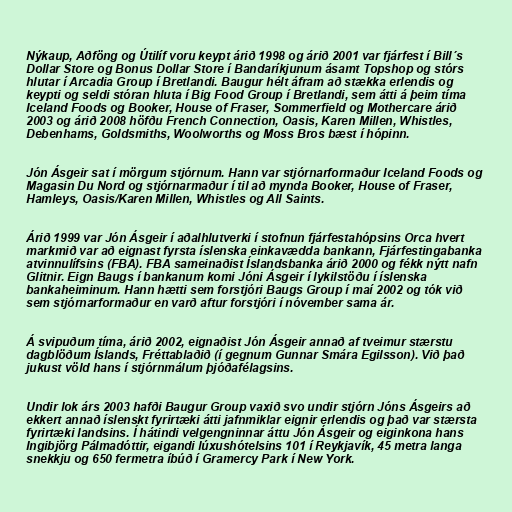
Nýkaup, Aðföng og Útilíf voru keypt árið 1998 og árið 2001 var fjárfest í Bill´s
Dollar Store og Bonus Dollar Store í Bandaríkjunum ásamt Topshop og stórs
hlutar í Arcadia Group í Bretlandi. Baugur hélt áfram að stækka erlendis og
keypti og seldi stóran hluta í Big Food Group í Bretlandi, sem átti á þeim tíma
Iceland Foods og Booker, House of Fraser, Sommerfield og Mothercare árið
2003 og árið 2008 höfðu French Connection, Oasis, Karen Millen, Whistles,
Debenhams, Goldsmiths, Woolworths og Moss Bros bæst í hópinn.

Jón Ásgeir sat í mörgum stjórnum. Hann var stjórnarformaður Iceland Foods og
Magasin Du Nord og stjórnarmaður í til að mynda Booker, House of Fraser,
Hamleys, Oasis/Karen Millen, Whistles og All Saints.

Árið 1999 var Jón Ásgeir í aðalhlutverki í stofnun fjárfestahópsins Orca hvert
markmið var að eignast fyrsta íslenska einkavædda bankann, Fjárfestingabanka
atvinnulífsins (FBA). FBA sameinaðist Íslandsbanka árið 2000 og fékk nýtt nafn
Glitnir. Eign Baugs í bankanum komi Jóni Ásgeir í lykilstöðu í íslenska
bankaheiminum. Hann hætti sem forstjóri Baugs Group í maí 2002 og tók við
sem stjórnarformaður en varð aftur forstjóri í nóvember sama ár.

Á svipuðum tíma, árið 2002, eignaðist Jón Ásgeir annað af tveimur stærstu
dagblöðum Íslands, Fréttablaðið (í gegnum Gunnar Smára Egilsson). Við það
jukust völd hans í stjórnmálum þjóðafélagsins.

Undir lok árs 2003 hafði Baugur Group vaxið svo undir stjórn Jóns Ásgeirs að
ekkert annað íslenskt fyrirtæki átti jafnmiklar eignir erlendis og það var stærsta
fyrirtæki landsins. Í hátindi velgengninnar áttu Jón Ásgeir og eiginkona hans
Ingibjörg Pálmadóttir, eigandi lúxushótelsins 101 í Reykjavík, 45 metra langa
snekkju og 650 fermetra íbúð í Gramercy Park í New York.